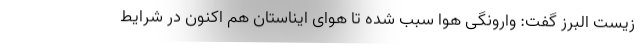
زیست البرز گفت: وارونگی هوا سبب شده تا هوای ایناستان هم اکنون در شرایط